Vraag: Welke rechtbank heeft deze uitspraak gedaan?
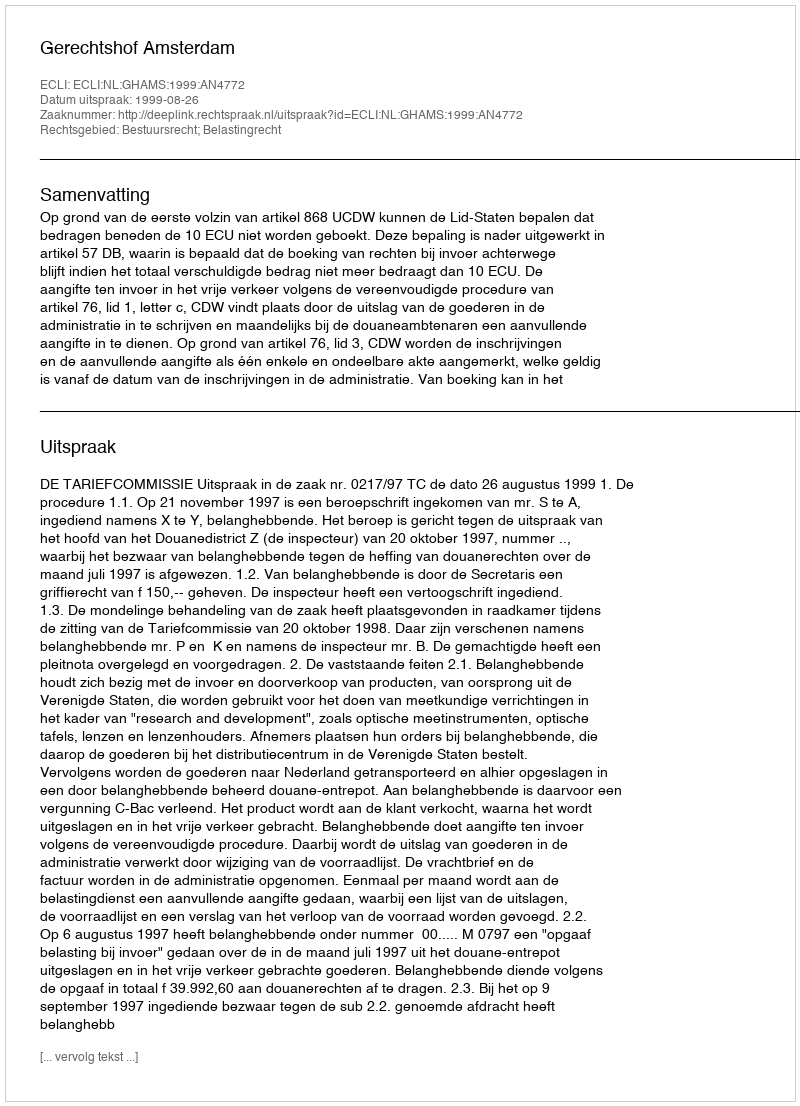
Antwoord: Gerechtshof Amsterdam